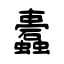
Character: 蠹